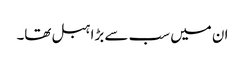
ان میں سب سے بڑا ہبل تھا۔